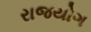
રાજયોગ